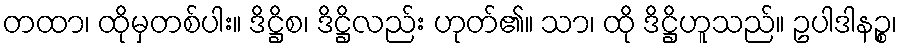
တထာ၊ ထိုမှတစ်ပါး။ ဒိဋ္ဌိစ၊ ဒိဋ္ဌိလည်း ဟုတ်၏။ သာ၊ ထို ဒိဋ္ဌိဟူသည်။ ဥပါဒါနဉ္စ၊